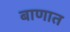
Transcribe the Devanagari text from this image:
बाणात